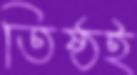
তিষ্ঠই